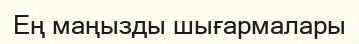
Ең маңызды шығармалары